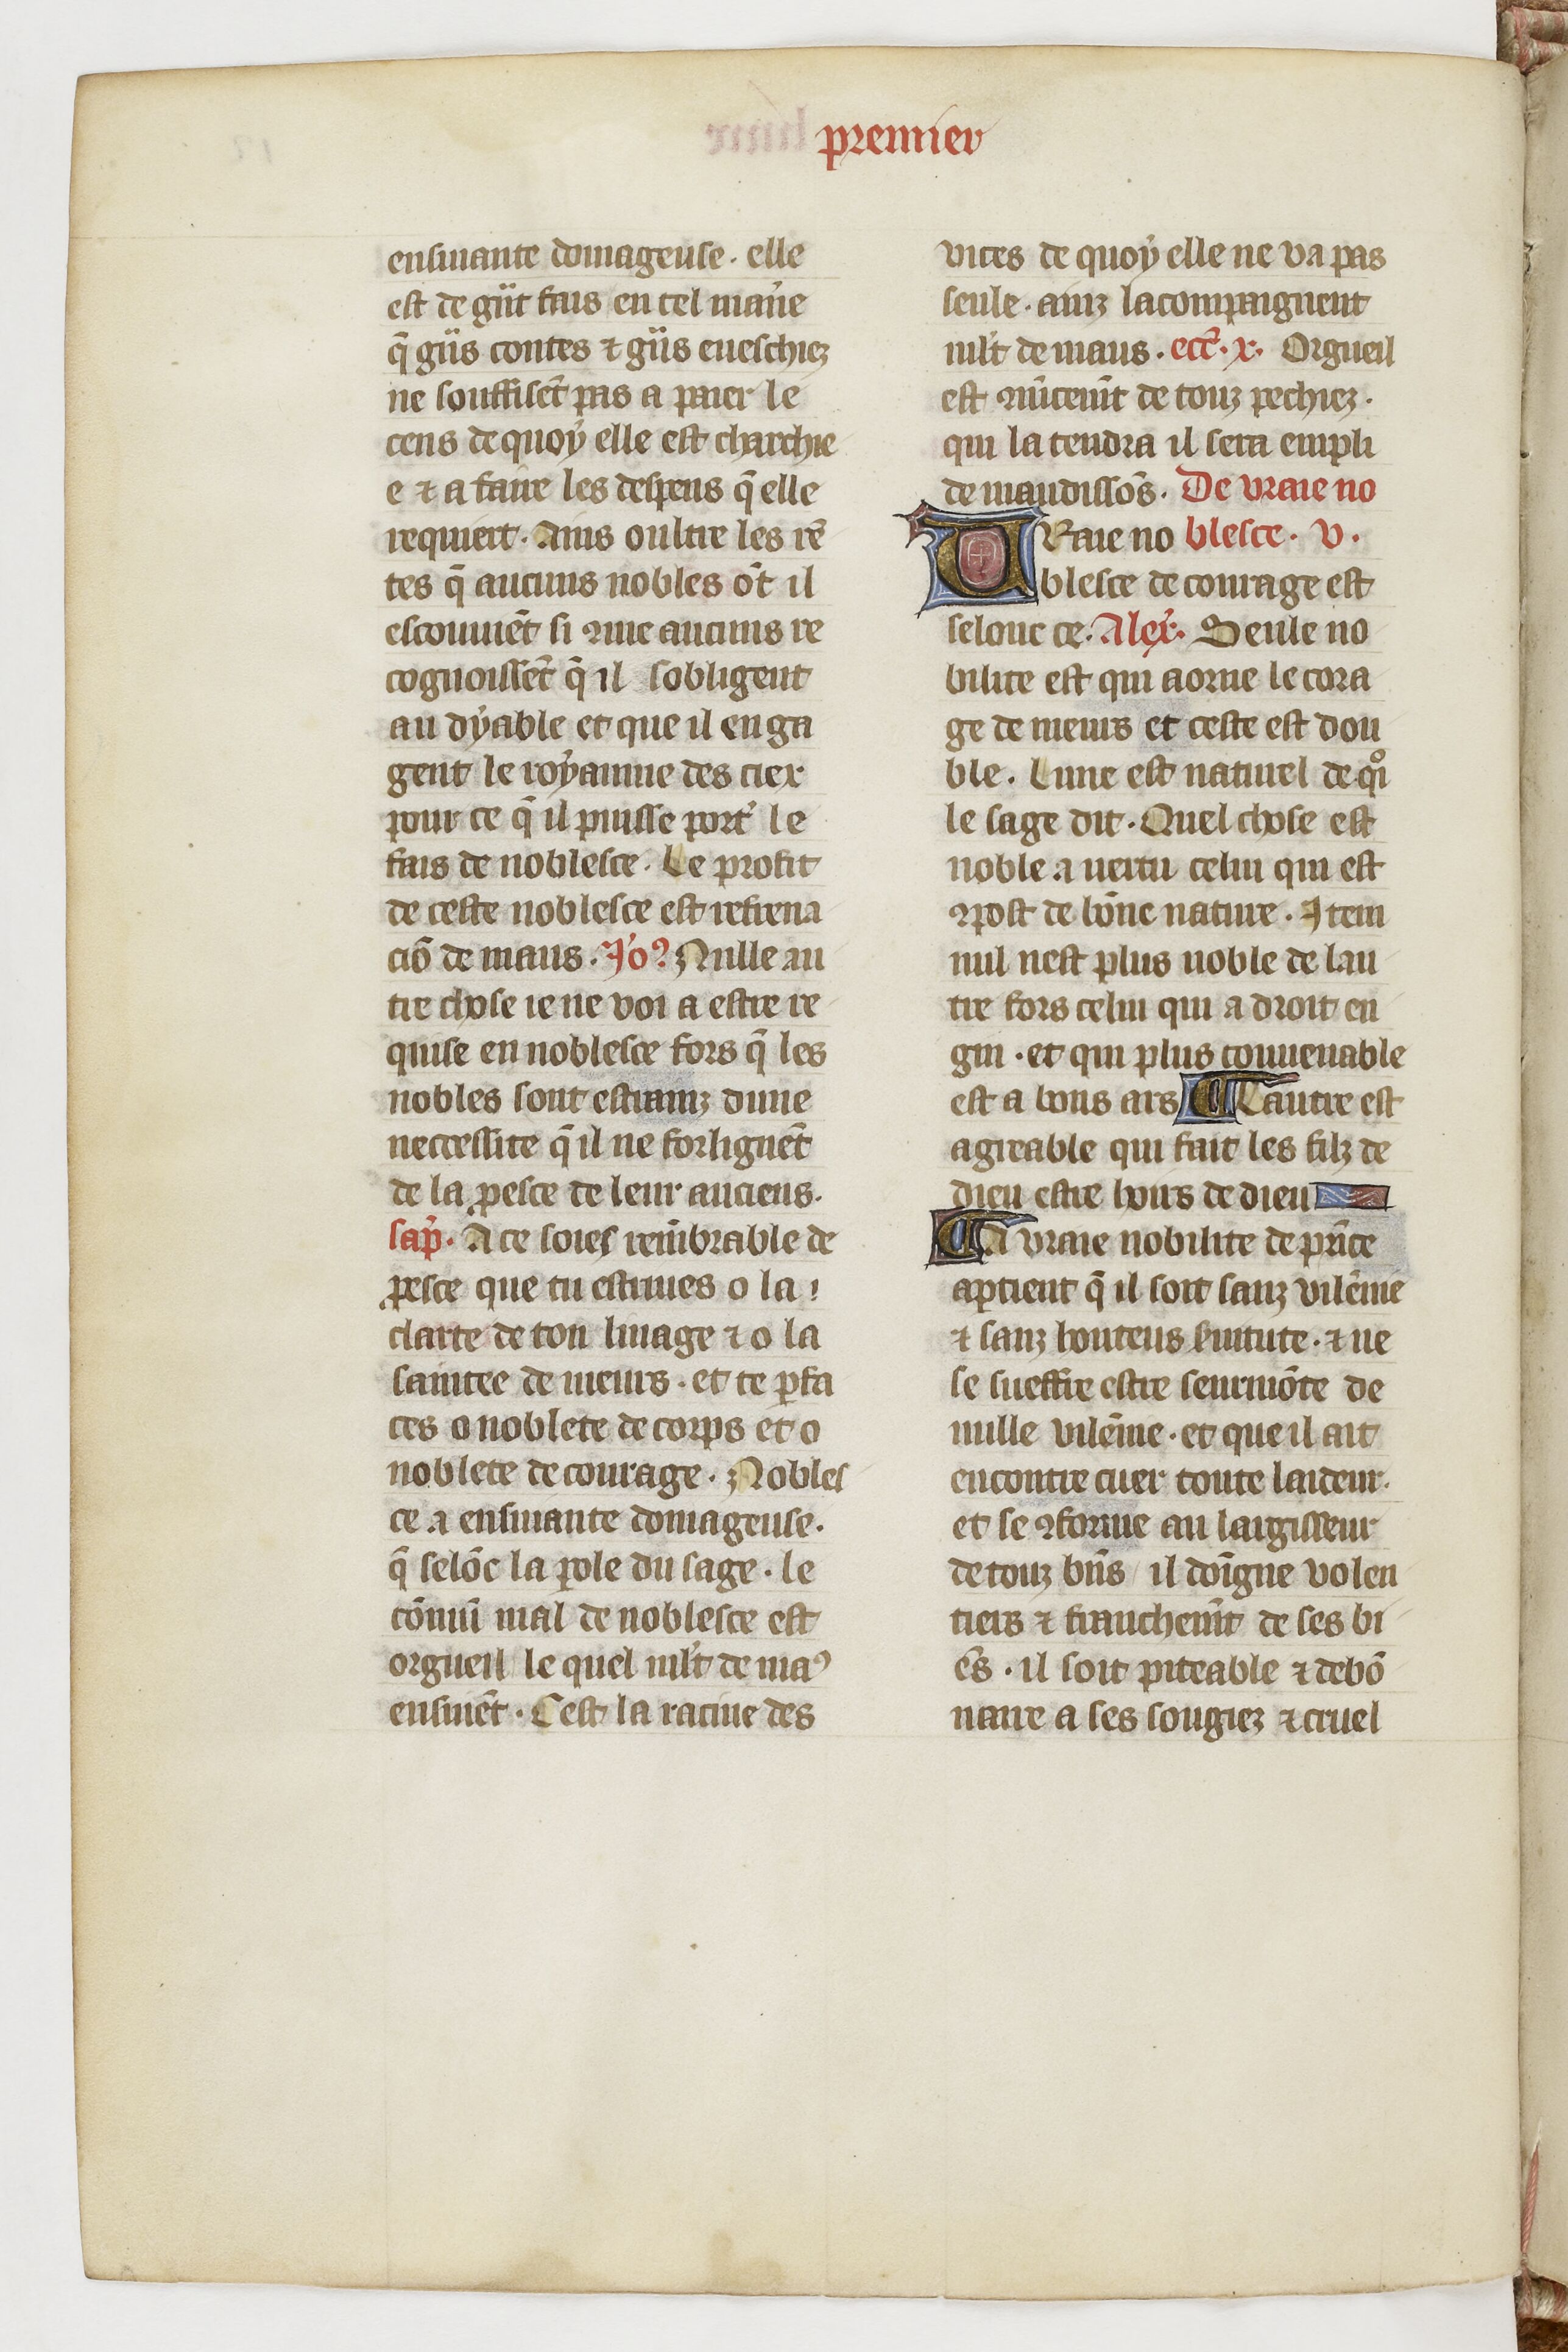
Shelfmark: Paris, BnF, fr. 1728
Century: 14